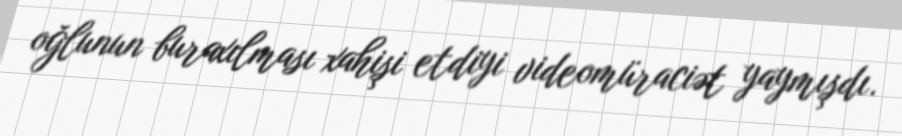
oğlunun buraxılması xahişi etdiyi videomüraciət yaymışdı.